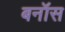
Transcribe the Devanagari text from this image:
बनॉस